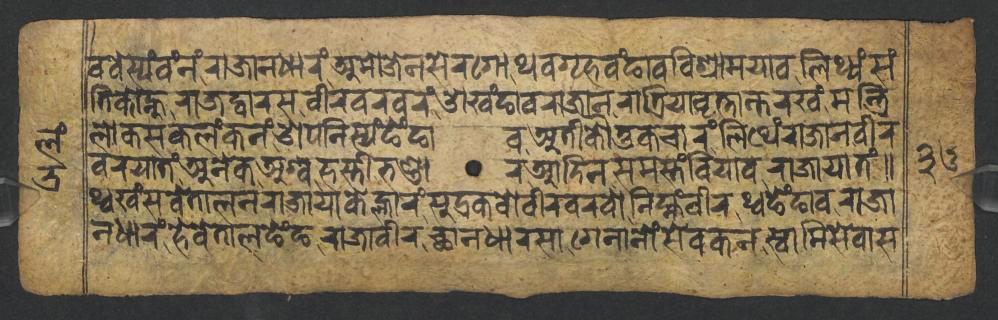
𑐰𑐧𑐾𑐳𑑂𑐫𑑄𑐰𑑄𑐣𑑄𑐬𑐵𑐖𑐵𑐣𑐢𑐵𑐬𑑄𑐀𑐩𑑀𑐖𑐾𑐣𑐳𑐾𑐬𑐐𑑀𑐠𑐰𑐐𑐺𑐴𑐰𑑄𑐒𑐵𑐰𑐰𑐶𑐱𑑂𑐬𑐵𑐩𑐫𑐵𑐰𑐮𑐶𑐠𑑂𑐫𑑄𑐳𑑄 𑐟𑐶𑐎𑑀𑐣𑑂𑐴𑐸𑐬𑐵𑐖𑐡𑑂𑐰𑐵𑐬𑐳𑐰𑐷𑐬𑐰𑐬𑐰𑐬𑑄𑐌𑐏𑑄𑐒𑐵𑐰𑐬𑐵𑐖𑐵𑐣𑐬𑐵𑐟𑑂𑐬𑐶𑐫𑐵𑐰𑐺𑐟𑑂𑐟𑐵𑐣𑑂𑐟𑐬𑐏𑑄𑐩𑐣𑑂𑐟𑑂𑐬𑐶 𑐮𑑀𑐎𑐳𑐎𑐮𑑄𑐎𑐣𑑄𑐌𑐥𑐣𑐶𑐳𑑂𑐫𑑄𑐒𑐾𑑄𑐒𑐵𑐰𑐀𑐟𑐷𑐎𑑁𑐟𑐸𑐎𑐔𑐵𑐬𑑄𑐮𑐶𑐠𑐾𑑄𑐬𑐵𑐖𑐵𑐣𑐰𑐷𑐬 𑐰𑐬𑐫𑐵𑐟𑑄𑐀𑐣𑐾𑐎𑐀𑐱𑑂𑐰𑐴𑐳𑑂𑐟𑐷𑐨𑐞𑑂𑐜𑐵𑐬𑐁𑐡𑐶𑐣𑐳𑐩𑐳𑑂𑐟𑑄𑐧𑐶𑐫𑐵𑐰𑐬𑐵𑐖𑐵𑐫𑐵𑐟𑑄𑑌 𑐠𑑂𑐰𑐏𑑄𑐳𑐰𑐾𑐟𑐵𑐮𑐣𑐬𑐵𑐖𑐵𑐫𑐵𑐎𑐾𑐮𑑂𑐴𑐵𑐬𑑄𑐳𑐸𑐡𑑂𑐬𑐎𑐰𑑀𑐰𑐷𑐬𑐰𑐬𑐰𑑀𑐣𑐶𑐩𑑂𑐴𑑄𑐰𑐷𑐬𑐠𑑂𑐰𑐒𑐾𑑄𑐒𑐵𑐰𑐬𑐵𑐖𑐵 𑐣𑐢𑐵𑐬𑑄𑐴𑐾𑐰𑐾𑐟𑐵𑐮𑐒𑐾𑑄𑐒𑐬𑐵𑐖𑐵𑐰𑐷𑐬𑐕𑐵𑐣𑐢𑐵𑐬𑐳𑐵𑐐𑐾𑐣𑐵𑐣𑑀𑑄𑐳𑐾𑐰𑐎𑐣𑐳𑑂𑐰𑐵𑐩𑐶𑐳𑐾𑐰𑐵𑐳